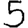
Digit: 5